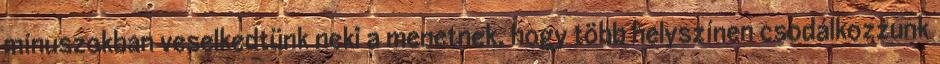
mínuszokban veselkedtünk neki a menetnek, hogy több helyszínen csodálkozzunk